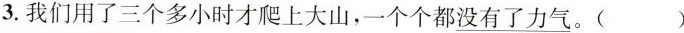
3.我们用了三个多小时才爬上大山，一个个都\underline{没有了力气}。( )